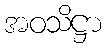
အဝသိဋ္ဌာ